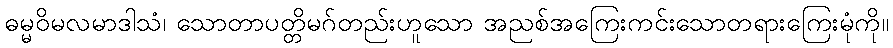
ဓမ္မဝိမလမာဒါသံ၊ သောတာပတ္တိမဂ်တည်းဟူသော အညစ်အကြေးကင်းသောတရားကြေးမုံကို။